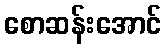
စောဆန်းအောင်